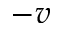
- v